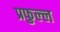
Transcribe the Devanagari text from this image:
प्रफुल्‍ल